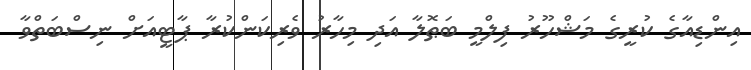
އިންޑިއާގެ ކުރީގެ މަޝްހޫރު ފިލްމީ ބަޠޮލާ އަދި މިހާރު ވެރިކަންކުރާ ޕާޓީއަށް ނިސްބަތްވާ